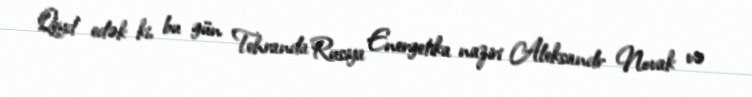
Qeyd edək ki, bu gün Tehranda Rusiya Energetika naziri Aleksandr Novak və